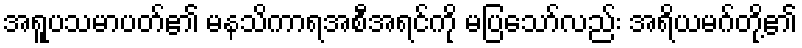
အရူပသမာပတ်၏ မနသိကာရအစီအရင်ကို မပြသော်လည်း အရိယမဂ်တို့၏